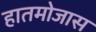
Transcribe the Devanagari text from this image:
हातमोजास